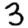
Digit: 3